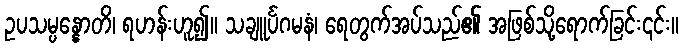
ဥပသမ္ပန္နောတိ၊ ရဟန်းဟူ၍။ သချူင်္ပဂမနံ၊ ရေတွက်အပ်သည်၏ အဖြစ်သို့ရောက်ခြင်း၎င်း။